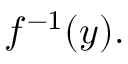
f ^ { - 1 } ( y ) .